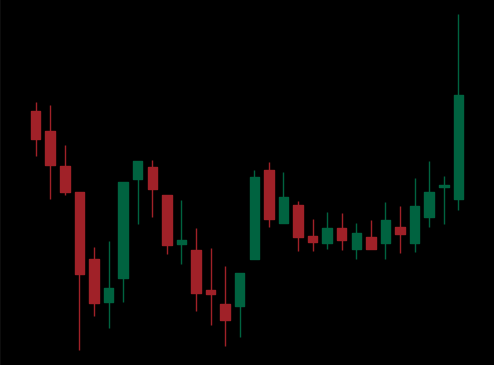
Pattern: inverse_head_shoulders